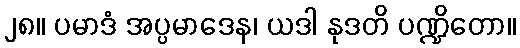
၂၈။ ပမာဒံ အပ္ပမာဒေန၊ ယဒါ နုဒတိ ပဏ္ဍိတော။